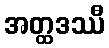
အတ္ထဒဿီ